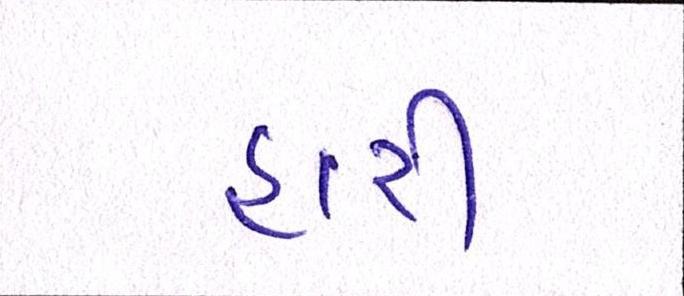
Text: હારી